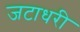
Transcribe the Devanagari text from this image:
जटाधरी